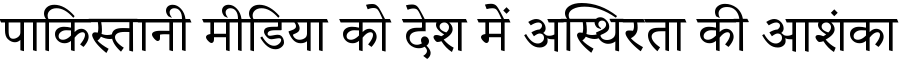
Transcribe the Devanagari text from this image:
पाकिस्तानी मीडिया को देश में अस्थिरता की आशंका